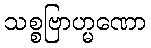
သစ္စဗြာဟ္မဏော